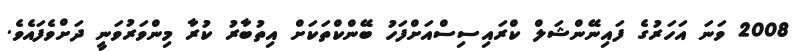
2008 ވަނަ އަހަރުގެ ފައިނޭންޝަލް ކްރައިސިސްއަށްފަހު ބޭންކްތަކަށް އިތުބާރު ކުރާ މިންވަރުވަނީ ދަށްވެފައެވެ.